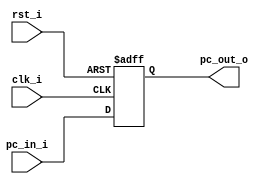
//Subject:     Architecture project 2 - PC
//--------------------------------------------------------------------------------
//Version:     1
//--------------------------------------------------------------------------------
//Writer:      
//----------------------------------------------
//Date:        
//----------------------------------------------
//Description: 
//--------------------------------------------------------------------------------

module ProgramCounter(
    clk_i,
	rst_i,
	pc_in_i,
	pc_out_o
);
     
//I/O ports
input           clk_i;
input	        rst_i;
input  [32-1:0] pc_in_i;
output [32-1:0] pc_out_o;
 
//Internal Signals
reg    [32-1:0] pc_out_o;
 
//Parameter

    
//Main function
always @(posedge clk_i or negedge rst_i) begin
    if(~rst_i)
	    pc_out_o <= 0;
	else
	    pc_out_o <= pc_in_i;
end

endmodule